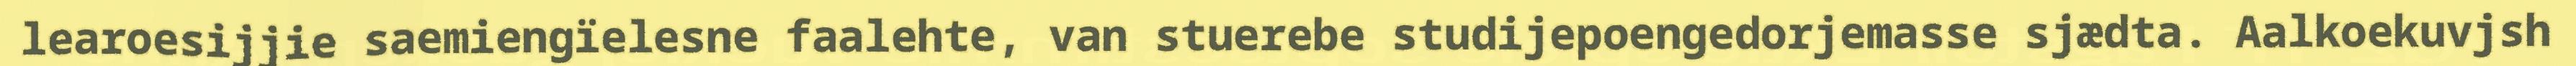
learoesijjie saemiengïelesne faalehte, van stuerebe studijepoengedorjemasse sjædta. Aalkoekuvjsh